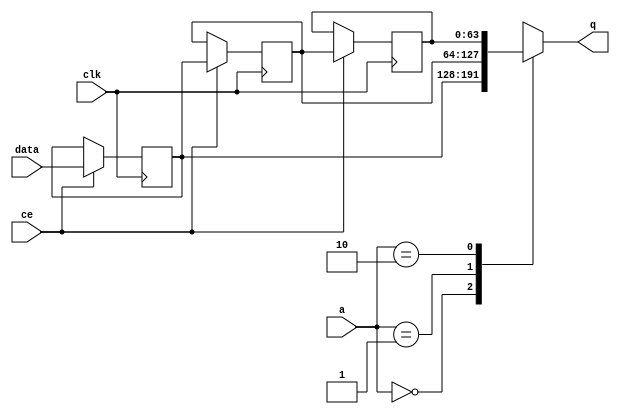
// ==============================================================
// Vitis HLS - High-Level Synthesis from C, C++ and OpenCL v2022.1 (64-bit)
// Tool Version Limit: 2022.04
// Copyright 1986-2022 Xilinx, Inc. All Rights Reserved.
// ==============================================================

`timescale 1 ns / 1 ps

module userdma_fifo_w64_d3_S_shiftReg (
    clk,
    data,
    ce,
    a,
    q);

parameter DATA_WIDTH = 32'd64;
parameter ADDR_WIDTH = 32'd2;
parameter DEPTH = 3'd3;

input clk;
input [DATA_WIDTH-1:0] data;
input ce;
input [ADDR_WIDTH-1:0] a;
output [DATA_WIDTH-1:0] q;

reg[DATA_WIDTH-1:0] SRL_SIG [0:DEPTH-1];
integer i;

always @ (posedge clk)
    begin
        if (ce)
        begin
            for (i=0;i<DEPTH-1;i=i+1)
                SRL_SIG[i+1] <= SRL_SIG[i];
            SRL_SIG[0] <= data;
        end
    end

assign q = SRL_SIG[a];

endmodule

module userdma_fifo_w64_d3_S (
    clk,
    reset,
    if_num_data_valid,
    if_fifo_cap,
    if_empty_n,
    if_read_ce,
    if_read,
    if_dout,
    if_full_n,
    if_write_ce,
    if_write,
    if_din);

parameter MEM_STYLE   = "shiftreg";
parameter DATA_WIDTH  = 32'd64;
parameter ADDR_WIDTH  = 32'd2;
parameter DEPTH       = 3'd3;

input clk;
input reset;
output if_empty_n;
input if_read_ce;
input if_read;
output wire [ADDR_WIDTH:0] if_num_data_valid;
output wire [ADDR_WIDTH:0] if_fifo_cap;
output[DATA_WIDTH - 1:0] if_dout;
output if_full_n;
input if_write_ce;
input if_write;
input[DATA_WIDTH - 1:0] if_din;

wire[ADDR_WIDTH - 1:0] shiftReg_addr ;
wire[DATA_WIDTH - 1:0] shiftReg_data, shiftReg_q;
wire                     shiftReg_ce;
reg[ADDR_WIDTH:0] mOutPtr = ~{(ADDR_WIDTH+1){1'b0}};
reg internal_empty_n = 0;
reg internal_full_n = 1;

assign if_full_n = internal_full_n;
assign if_empty_n = internal_empty_n;
assign shiftReg_data = if_din;
assign if_dout = shiftReg_q;

always @ (posedge clk) begin
    if (reset == 1'b1)
    begin
        mOutPtr <= ~{ADDR_WIDTH+1{1'b0}};
        internal_empty_n <= 1'b0;
        internal_full_n <= 1'b1;
    end
    else begin
        if (((if_read & if_read_ce) == 1 & internal_empty_n == 1) && 
            ((if_write & if_write_ce) == 0 | internal_full_n == 0))
        begin
            mOutPtr <= mOutPtr - 3'd1;
            if (mOutPtr == 3'd0)
                internal_empty_n <= 1'b0;
            internal_full_n <= 1'b1;
        end 
        else if (((if_read & if_read_ce) == 0 | internal_empty_n == 0) && 
            ((if_write & if_write_ce) == 1 & internal_full_n == 1))
        begin
            mOutPtr <= mOutPtr + 3'd1;
            internal_empty_n <= 1'b1;
            if (mOutPtr == DEPTH - 3'd2)
                internal_full_n <= 1'b0;
        end 
    end
end

assign shiftReg_addr = mOutPtr[ADDR_WIDTH] == 1'b0 ? mOutPtr[ADDR_WIDTH-1:0]:{ADDR_WIDTH{1'b0}};
assign shiftReg_ce = (if_write & if_write_ce) & internal_full_n;
assign if_num_data_valid = mOutPtr + 1'b1;
assign if_fifo_cap = DEPTH;

userdma_fifo_w64_d3_S_shiftReg 
#(
    .DATA_WIDTH(DATA_WIDTH),
    .ADDR_WIDTH(ADDR_WIDTH),
    .DEPTH(DEPTH))
U_userdma_fifo_w64_d3_S_ram (
    .clk(clk),
    .data(shiftReg_data),
    .ce(shiftReg_ce),
    .a(shiftReg_addr),
    .q(shiftReg_q));

endmodule